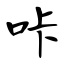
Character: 咔